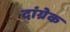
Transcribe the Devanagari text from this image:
दांग्रेक